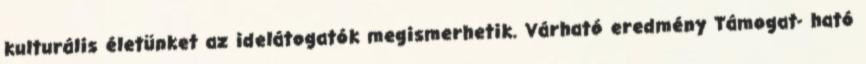
kulturális életünket az idelátogatók megismerhetik. Várható eredmény Támogat- ható